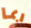
ربما